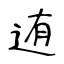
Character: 迶